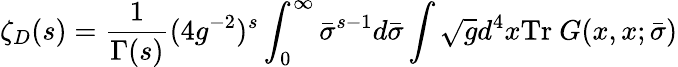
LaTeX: \zeta_{D}(s)=\frac{1}{\Gamma(s)}(4g^{-2})^{s}\int_{0}^{\infty}\bar{\sigma}^{s-1}d\bar{\sigma}\int\sqrt{g}d^{4}x\mathrm{Tr}~G(x,x;\bar{\sigma})